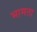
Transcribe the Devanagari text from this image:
भामता